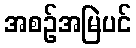
အစဉ်အမြဲပင်